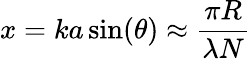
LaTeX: x=ka\sin(\theta)\approx{\frac{\pi R}{\lambda N}}